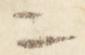
ニ